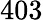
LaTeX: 403